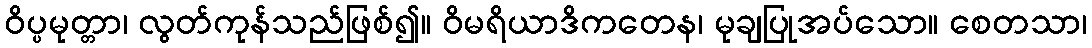
ဝိပ္ပမုတ္တာ၊ လွတ်ကုန်သည်ဖြစ်၍။ ဝိမရိယာဒိကတေန၊ မုချပြုအပ်သော။ စေတသာ၊